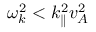
\omega _ { k } ^ { 2 } < k _ { \parallel } ^ { 2 } v _ { A } ^ { 2 }